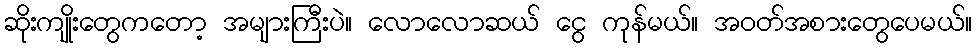
ဆိုးကျိုးတွေကတော့ အများကြီးပဲ။ လောလောဆယ် ငွေ ကုန်မယ်။ အဝတ်အစားတွေပေမယ်။